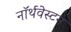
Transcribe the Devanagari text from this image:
नॉर्थवेस्टन